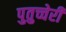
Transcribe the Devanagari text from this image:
पुतुच्चेरी